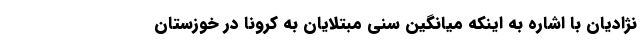
نژادیان با اشاره به اینکه میانگین سنی مبتلایان به کرونا در خوزستان